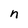
Character: n